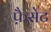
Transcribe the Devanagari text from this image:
फ़ैसेट